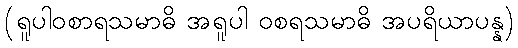
(ရူပါဝစာရသမာဓိ အရူပါ ဝစရသမာဓိ အပရိယာပန္န)